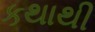
કથાથી